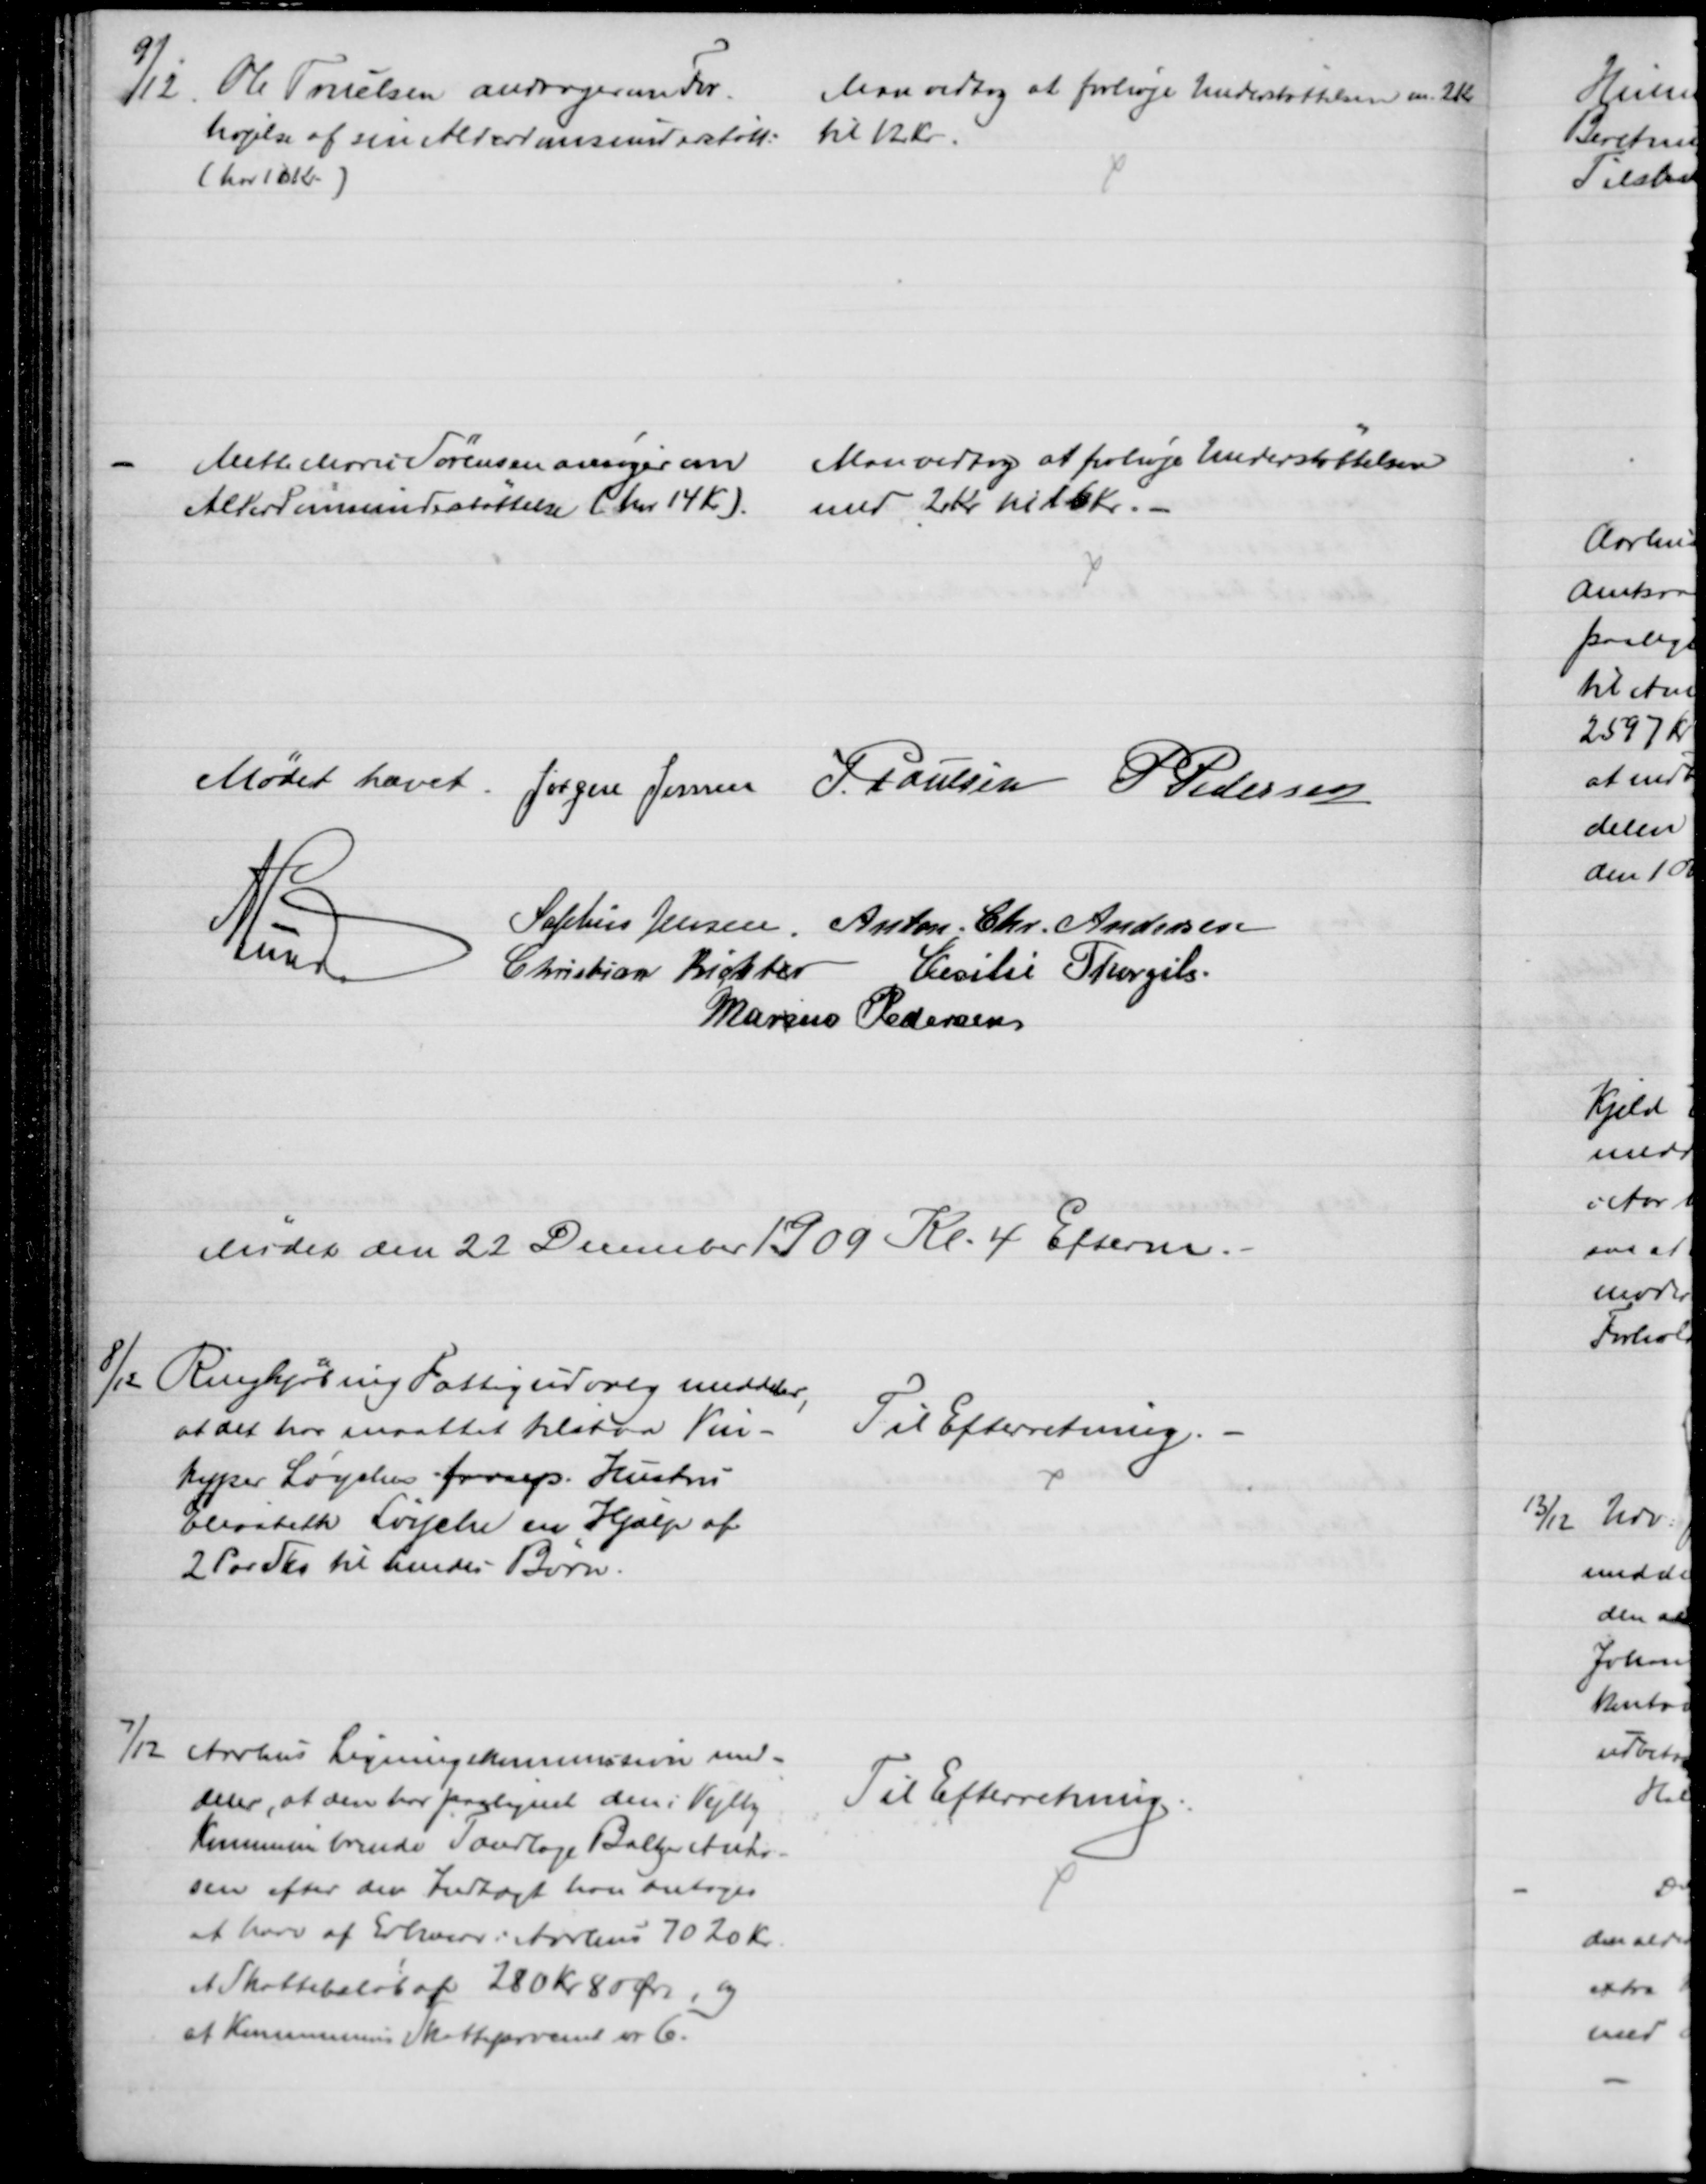
Transskription:
9/12.
Ole Truelsen andrager om For-
højelse af sin Alderdomsunderstøtt:
(har 10 Kr)
Man vedtog at forhøje Understøttelsen m. 2 Kr
til 12 Kr.
Mette Marie Sørensen ansøger om
Alderdomsunderstøttelse (har 14 Kr)
Man vedtog at forhøje Understøttelsen
med 2 Kr til 16 Kr.
Mødet hævet. 
Jørgen Jensen J. Poulsen P Pedersen
A Lund 
Sophus Jensen. Anton Chr. Andersen
Christian Richter Cecilie Thorgils
Marius Pedersen
Mødet den 22 December 1909 Kl. 4 Efterm.
8/12 Ringkjøbing Fattigudvalg meddeler,
at det har maattet tilstaa Vin-
kyper Løyches frasep. Hustru
Elisabeth Løyche en Hjælp af
2 Par Sko til hendes Børn.
Til Efterretning.
7/12 Aarhus Ligningskommission med-
deler, at den har paalignet den i Vejlby
Kommune boende Tandlæge Baltzer Ander-
sen efter den Indtægt han antoges
at have af Erhverv i Aarhus 7020 Kr.
et Skattebeløb af 280 Kr 80 Øre, og
at Kommunens Skatteprocent er 6.
Til Efterretning.